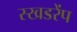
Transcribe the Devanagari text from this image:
स्खडरेंप